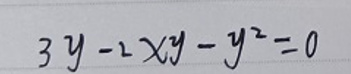
\[ 3y - 2xy - y^{2} = 0 \]